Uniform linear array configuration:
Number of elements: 16
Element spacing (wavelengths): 1
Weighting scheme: uniform
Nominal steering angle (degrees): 45
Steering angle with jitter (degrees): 45.949
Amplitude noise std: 0.05
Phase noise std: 0.05

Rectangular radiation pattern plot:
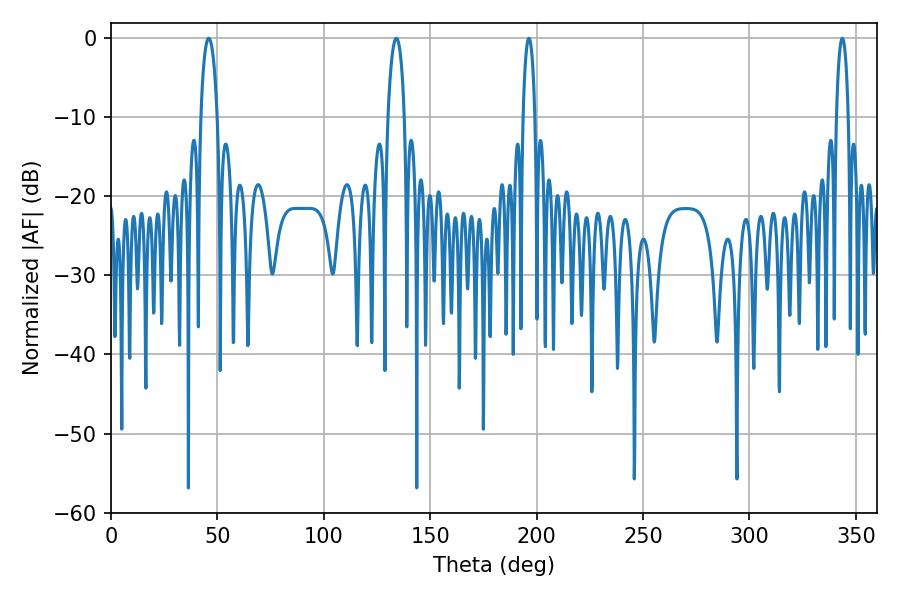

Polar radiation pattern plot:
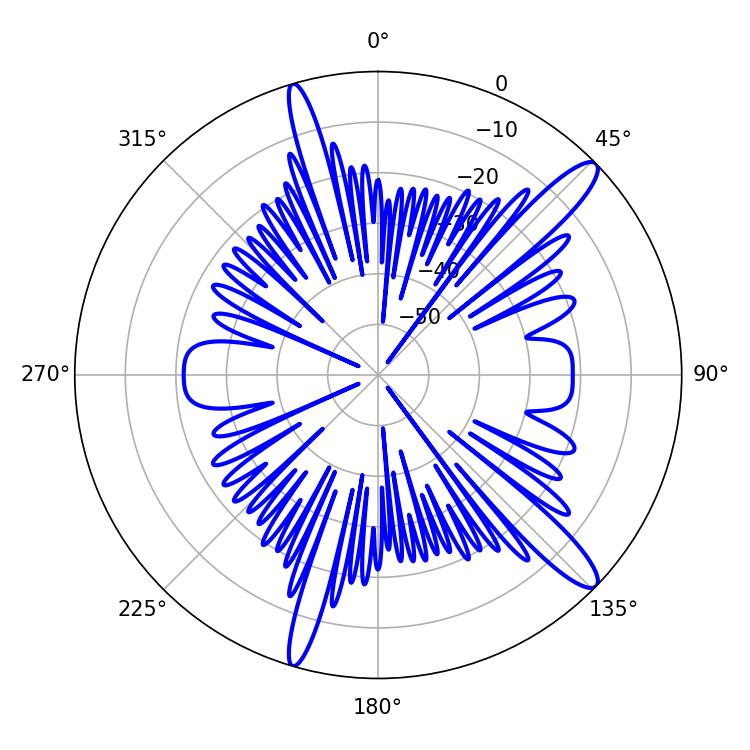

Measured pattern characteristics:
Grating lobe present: TRUE
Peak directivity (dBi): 13.448
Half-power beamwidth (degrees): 4.5
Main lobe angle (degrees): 45.9